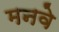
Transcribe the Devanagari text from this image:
मनवे